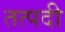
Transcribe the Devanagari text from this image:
तत्पदी